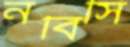
নবিসি